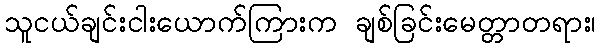
သူငယ်ချင်းငါးယောက်ကြားက ချစ်ခြင်းမေတ္တာတရား၊